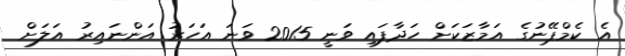
އެ ކެމްޕޭނުގެ އަމާޒަކަށް ހަދާފައި ވަނީ 2015 ވަނަ އަހަރު އަންނައިރު އަލަށް